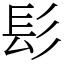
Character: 髟